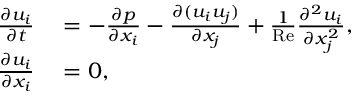
\begin{array} { r l } { \frac { \partial u _ { i } } { \partial t } } & { { } = - \frac { \partial p } { \partial x _ { i } } - \frac { \partial ( u _ { i } u _ { j } ) } { \partial x _ { j } } + \frac { 1 } { \mathrm { R e } } \frac { \partial ^ { 2 } u _ { i } } { \partial x _ { j } ^ { 2 } } , } \\ { \frac { \partial u _ { i } } { \partial x _ { i } } } & { { } = 0 , } \end{array}